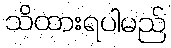
သိထားရပါမည်